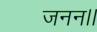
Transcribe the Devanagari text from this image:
जनन।।